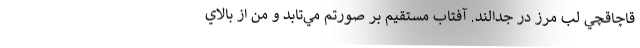
قاچاقچي لب مرز در جدالند. آفتاب مستقيم بر صورتم مي‌تابد و من از بالاي